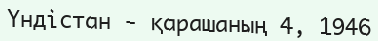
Үндістан - қарашаның 4, 1946